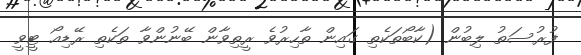
ފުރުސަތު ލިބުން (ކާބޯތަކެތި ގައިން ތާހިރުވެ ރީތިވާން ބޭނުންވާ ތަކެތި ރޭޑިއޯ ޓީވީ